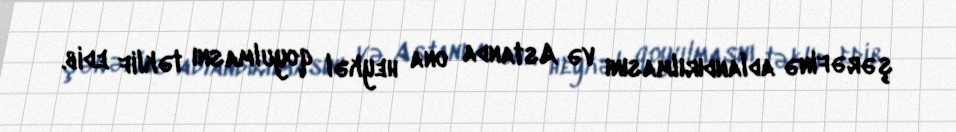
şərəfinə adlandırılmasını və Astanda ona heykəl qoyulmasnı təklif edib.